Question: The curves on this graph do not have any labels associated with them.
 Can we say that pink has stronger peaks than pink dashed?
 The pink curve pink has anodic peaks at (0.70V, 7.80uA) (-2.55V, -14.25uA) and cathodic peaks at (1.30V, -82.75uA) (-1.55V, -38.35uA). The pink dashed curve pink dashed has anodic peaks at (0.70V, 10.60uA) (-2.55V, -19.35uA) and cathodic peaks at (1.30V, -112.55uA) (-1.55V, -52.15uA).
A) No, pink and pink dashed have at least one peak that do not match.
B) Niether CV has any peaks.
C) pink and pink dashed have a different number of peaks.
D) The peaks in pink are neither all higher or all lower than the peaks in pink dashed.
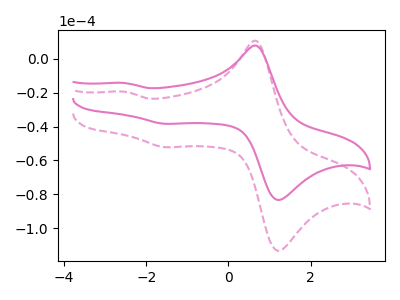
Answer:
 <answer>D) The peaks in "pink" are neither all higher or all lower than the peaks in "pink dashed".</answer>
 <eval>D</eval>